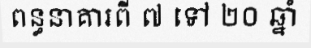
ពន្ធនាគារពី ៧ ទៅ ២០ ឆ្នាំ